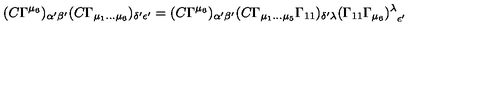
( C \Gamma ^ { \mu _ { 6 } } ) _ { \alpha { ' } \beta { ' } } ( C \Gamma _ { \mu _ { 1 } \dots \mu _ { 6 } } ) _ { \delta { ' } \epsilon { ' } } = ( C \Gamma ^ { \mu _ { 6 } } ) _ { \alpha { ' } \beta { ' } } ( C \Gamma _ { \mu _ { 1 } \dots \mu _ { 5 } } \Gamma _ { 1 1 } ) _ { \delta { ' } \lambda } { ( \Gamma _ { 1 1 } \Gamma _ { \mu _ { 6 } } ) ^ { \lambda } } _ { \epsilon { ' } }